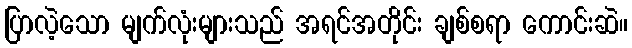
ပြာလဲ့သော မျက်လုံးများသည် အရင်အတိုင်း ချစ်စရာ ကောင်းဆဲ။